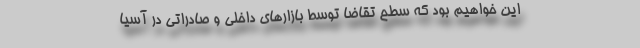
این خواهیم بود که سطح تقاضا توسط بازارهای داخلی و صادراتی در آسیا